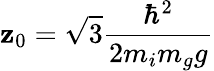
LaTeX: \mathbf{z}_{0}=\sqrt{{3}}{{\frac{{\hbar^{2}}}{{2m_{i}m_{g}g}}}}